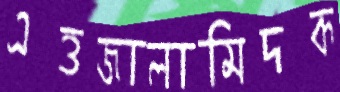
এত্তজালামিদক